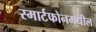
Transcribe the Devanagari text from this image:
स्मार्टफोनमधील